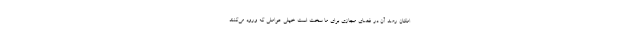
امکان رصد آن در فضای مجازی برای ما سخت است خیلی عواملی که ورود می‌کنند